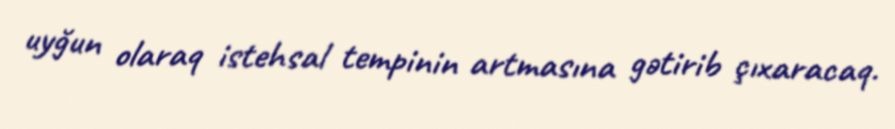
uyğun olaraq istehsal tempinin artmasına gətirib çıxaracaq.